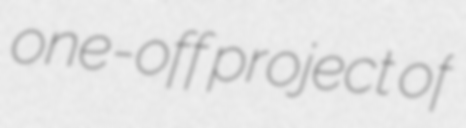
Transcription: one-off project of